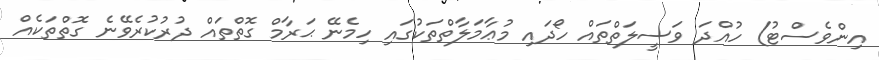
އިންވެސްޓު) ހުއްދަ ވަސީލަތްތައް ހޯދައި މުޢާމަލާތްތަކުގައި ހިމެނޭ ޙަރާމް ގޮތްތައް ދުރުކުރެވޭނެ ގޮތްތަކެއް